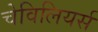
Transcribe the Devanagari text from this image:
चेविलियर्स